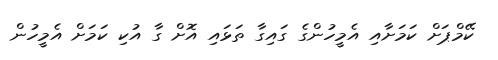
ކޭމްޕަށް ކަމަށާއި އެމީހުންގެ ގައިގާ ތަޅައި އޮށް ގާ އުކި ކަމަށް އެމީހުން